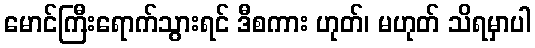
မောင်ကြီးရောက်သွားရင် ဒီစကား ဟုတ်၊ မဟုတ် သိရမှာပါ